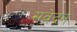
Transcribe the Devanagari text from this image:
सवेदन